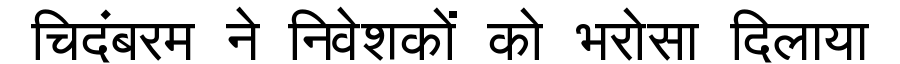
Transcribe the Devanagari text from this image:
चिदंबरम ने निवेशकों को भरोसा दिलाया